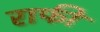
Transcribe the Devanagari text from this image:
राफी